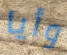
وأيا